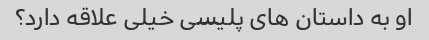
او به داستان های پلیسی خیلی علاقه دارد؟